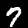
Digit: 7